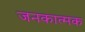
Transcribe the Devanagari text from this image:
जनकात्मक